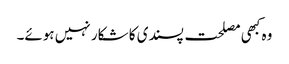
وہ کبھی مصلحت پسندی کا شکار نہیں ہوئے۔